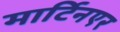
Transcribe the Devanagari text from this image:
मार्टिनएर